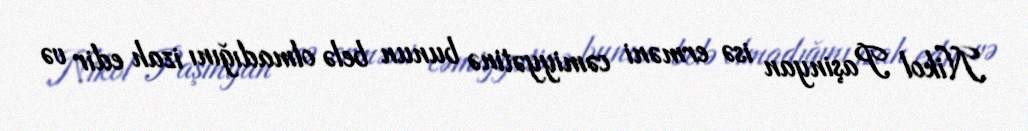
Nikol Paşinyan isə erməni cəmiyyətinə bunun belə olmadığını izah edir və